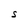
Character: S